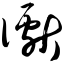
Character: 谳